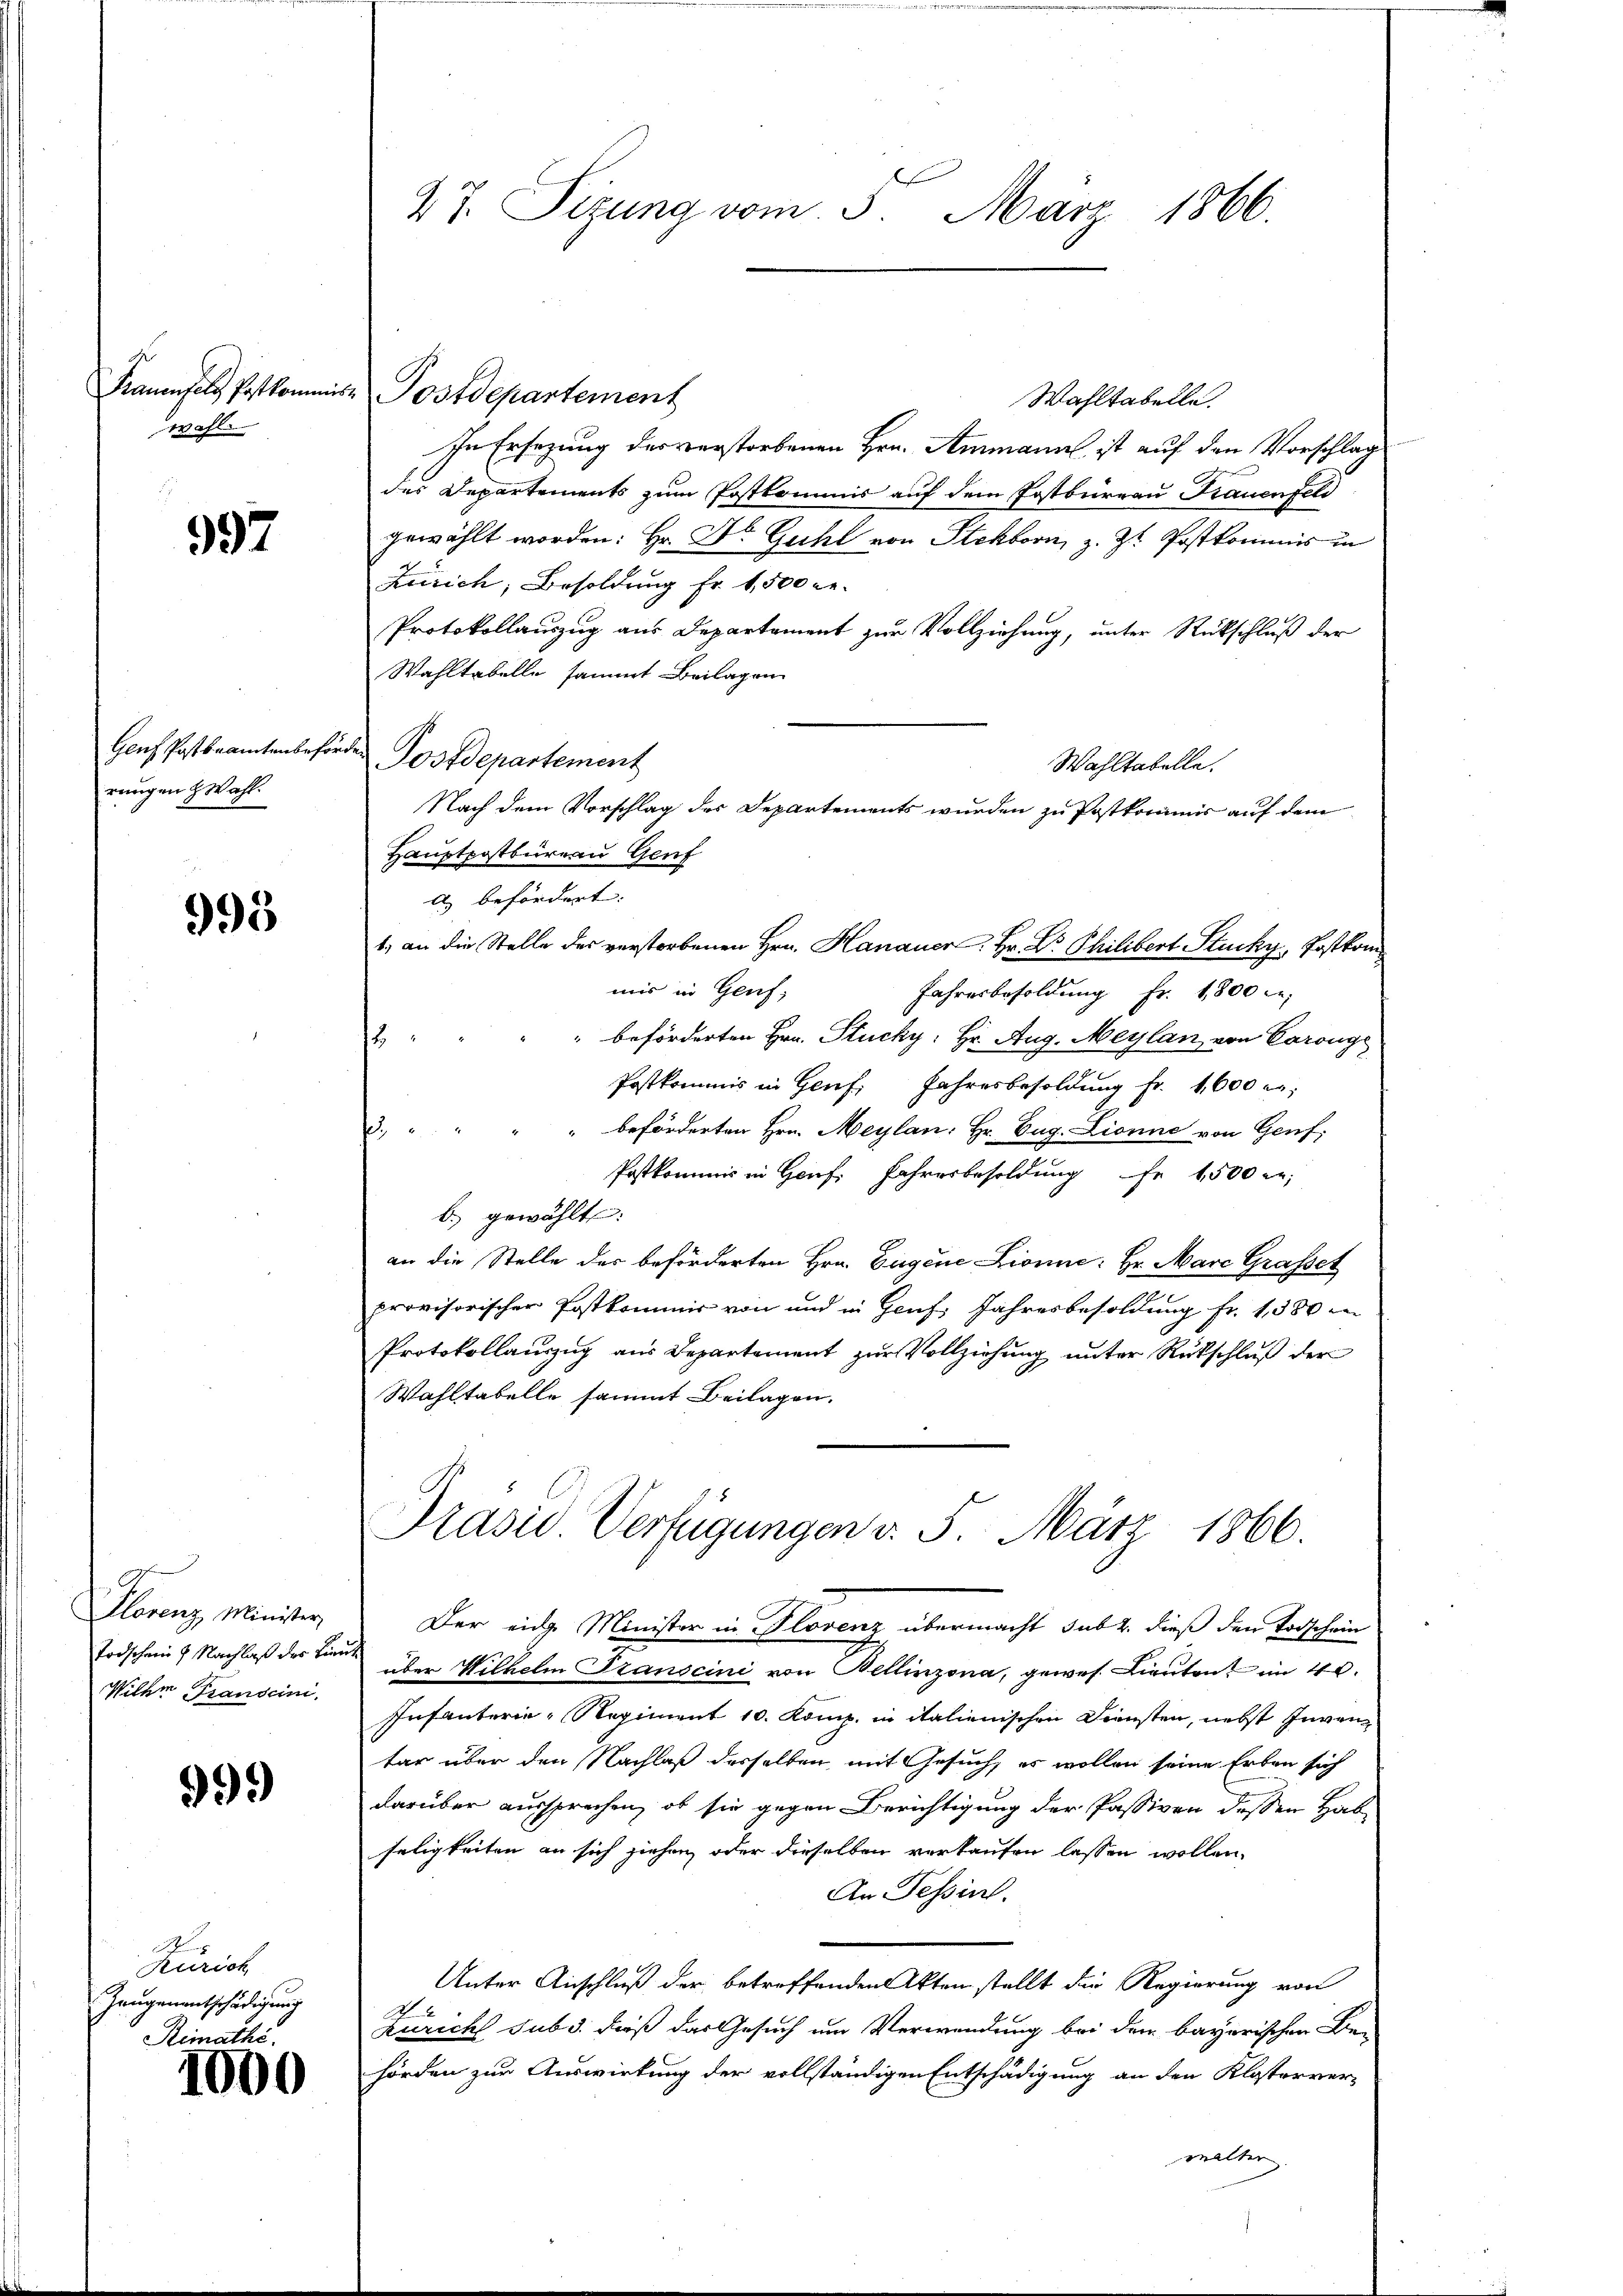
wahl.

997

Genf Postbeamten beförrangen Wahl.

995

Florenz Minister
Todschen 7. Nachlaß des Lieu¬
Wilker Transcini

999

Zürich
Zeugenantschädigung
Remathe.

1000

47. Sizung vom 5. März 1866.

Frauenfels Postkommnis Postdepartement

In Ersezung der verstorbenen Hrn. Ammann ist auf den Vorschlag
des Departements zum Postkommis auf dem Postbureau Frauenfeld
gewählt worden: Hr. Dr. Guhl von Steckborn, z. Zt. Postkommis in
Zürich, Besoldung fr. 1,500 re
Protokollauszug aus Departament zur Vollziehung, unter Rückschluß der
Wahltabelle sammt Beilagen
Postdepartement
Hauptpostbüreau Genf
a) befördert. |
1, an die Stelle des verstorbenen Hrn. Hanauer Hr. Dr. Philibert Stucky, Postkommis in Genf;
Jahresbesoldung fr. 1800 le
beförderten Hrn. Stucky: Hr. Aug. Maylan von Coronge
s
Postkommis in Genf. Jahresbesoldung fr. 1600 er
" beförderten Hrn. Meylan. Hr. Eug. Lionne von Genf,

Postkommis in Genf. Jahresbesoldung Fr. 1500 M.
b. gewählt:
an die Stelle des beförderten Hrn. Eugene Lionne: Hr. Mare Grafset
provisorischer Postkommis von und in Genf Jahresbesoldung fr. 1380 i
Protokollauszug aus Departement zŭr Vollziehŭng ŭnter Rückschlŭβ der
Wahltabelle sammt Beilagen.
Prasie Verfügungen v. 5. März 1866.
Der ein Minister in Florenz übermacht sub 2. dieß den Todschein
über Wilhelm Transcini von Bellinzona, gewes. Lieuten im 40.
Infanterie-Regiment 10. Komp. in italienischen Diensten, nebst Inventar über den Nachlaß desselben, mit Gesuch, es wollen seine Erben sich
darüber aussprechen, ob sie gegen Berichtigung der Passiven dessen Hab
seligkeiten an sich hiehen oder dieselben verkaufen lassen wollen,
An Tessint.
Unter Anschluß der betreffenden Akten stellt die Regierung von
Züricht sub d. dieß das Gesuch um Verwendung bei dem bayerischen Be-
hörden zur Auswirkung der vollständigen Entschädigung an den Klosterver-

Wahltabelle.
Nach dem Vorschlag des Departements wurden zu Postkommis auf dem